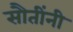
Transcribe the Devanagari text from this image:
सौतींनी